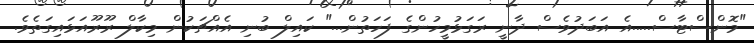
"މޮންސްޓާސް.....އެ އަބަދުވެސް ދާނީ ރަގަޅުމީހުންގެ ފަހަތުން..." ކައިލް ބުނި އެއްޗަކުން މިކާލް ރޫރޫއަޅައިގަތެވެ.